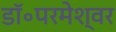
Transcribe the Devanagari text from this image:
डॉ॰परमेश्वर